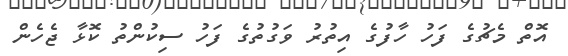
އޮތް މެޗުގެ ފަހު ހާފުގެ އިތުރު ވަގުތުގެ ފަހު ސިކުންތު ކޮޅާ ޖެހެން